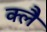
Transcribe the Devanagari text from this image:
क्लै